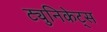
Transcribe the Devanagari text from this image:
ट्युनिकेट्स